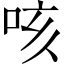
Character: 咳